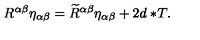
R ^ { \alpha \beta } \eta _ { \alpha \beta } = \widetilde { R } ^ { \alpha \beta } \eta _ { \alpha \beta } + 2 d \ast \! T .